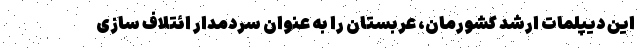
این دیپلمات ارشد کشورمان، عربستان را به عنوان سردمدار ائتلاف سازی